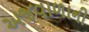
અજવાળાની